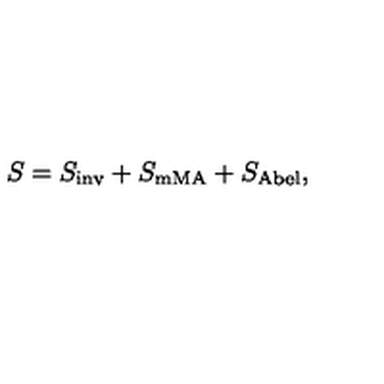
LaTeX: S = S _ { \mathrm { i n v } } + S _ { \mathrm { m M A } } + S _ { \mathrm { A b e l } } ,